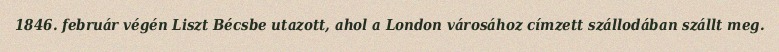
1846. február végén Liszt Bécsbe utazott, ahol a London városához címzett szállodában szállt meg.